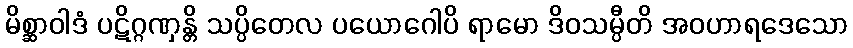
မိစ္ဆာဝါဒံ ပဋိဂ္ဂဏှန္တိ သပ္ပိတေလ ပယောဂေါပိ ရာမော ဒိဝသမ္ပီတိ အဝဟာရဒေသော